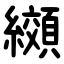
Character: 纐